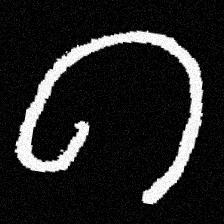
Pyu character \u2014 Myanmar letter: ဂ (romanized: ga)